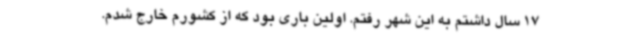
17 سال داشتم به این شهر رفتم. اولین باری بود که از کشورم خارج شدم.